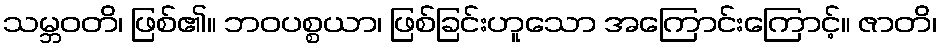
သမ္ဘဝတိ၊ ဖြစ်၏။ ဘဝပစ္စယာ၊ ဖြစ်ခြင်းဟူသော အကြောင်းကြောင့်။ ဇာတိ၊